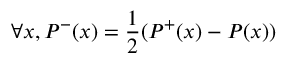
\forall x , P ^ { - } ( x ) = \frac { 1 } { 2 } ( P ^ { + } ( x ) - P ( x ) )